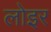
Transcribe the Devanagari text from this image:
लोइर